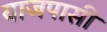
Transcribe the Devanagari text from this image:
याजपासी